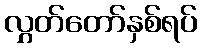
လွှတ်တော်နှစ်ရပ်